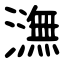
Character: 㶃